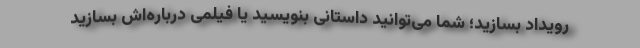
رویداد بسازید؛ شما می‌توانید داستانی بنویسید یا فیلمی درباره‌اش بسازید